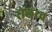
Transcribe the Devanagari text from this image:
रोलरच